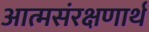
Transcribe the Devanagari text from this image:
आत्मसंरक्षणार्थ